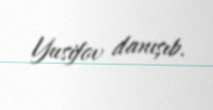
Yusifov danışıb.